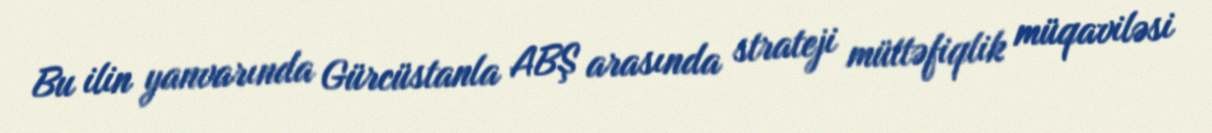
Bu ilin yanvarında Gürcüstanla ABŞ arasında strateji müttəfiqlik müqaviləsi